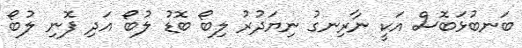
ބަނބުޅަބޮސް އަކީ ނާރިނގު ނިޔަދުރު ލިބޯ ބޮޑު ލުބޯ އަދި ފޮނި ލުބޯ